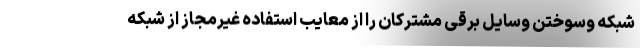
شبکه وسوختن وسایل برقی مشترکان را از معایب استفاده غیرمجاز از شبکه